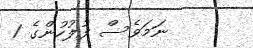
ނަަމަވެސް ފުލުހުންގެ 1